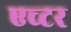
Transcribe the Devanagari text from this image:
एच्टर